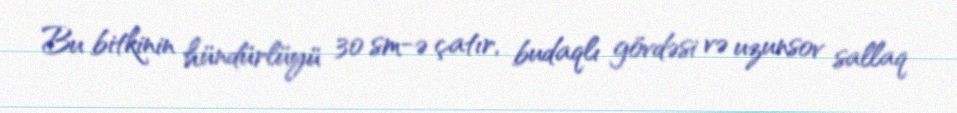
Bu bitkinin hündürlüyü 30 sm-ə çatır, budaqlı gövdəsi və uzunsov sallaq